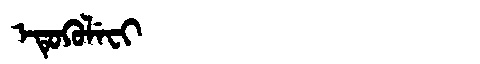
Manchu: ᡝᡨᡠᡴᡠᠯᡝᠸᡳ
Romanization: ETUKULEFI